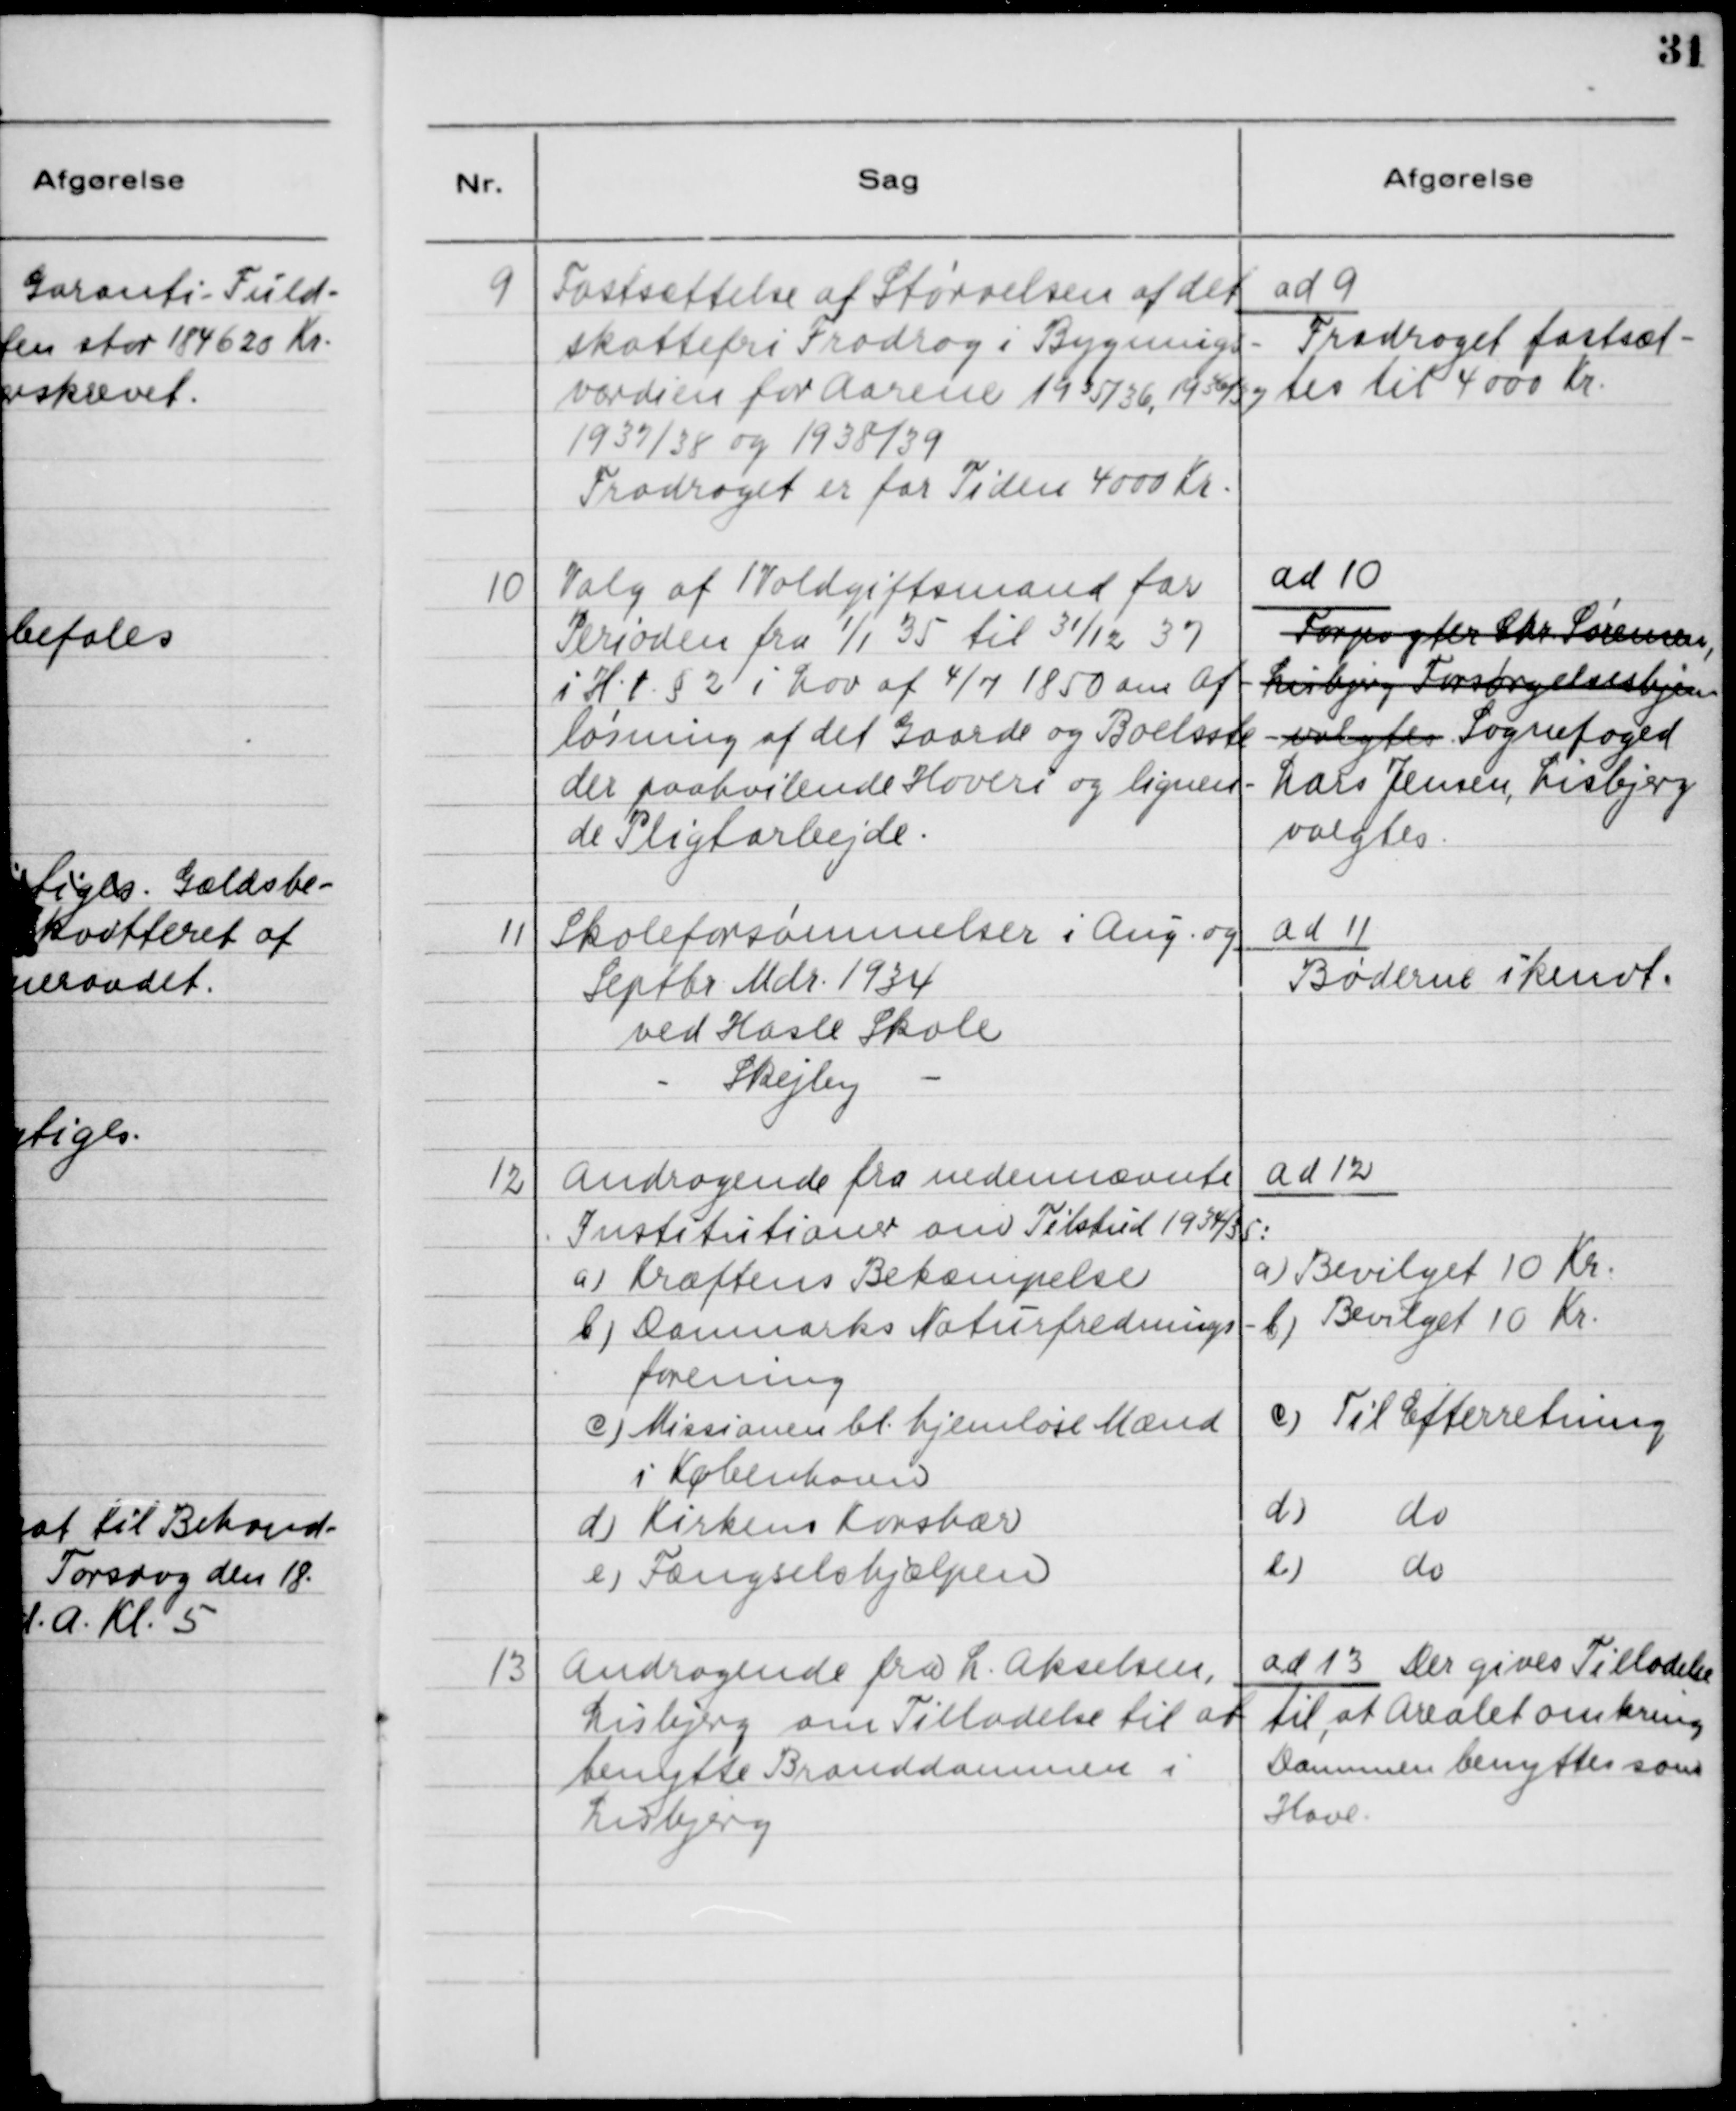
Transskription:
9

Fastsættelse af størrelsen af det
skattefri Fradrag i Bygnings-
værdien for Aarene 1935/36, 1936/37,
1937/38 og 1938/39.
Fradraget er for Tiden 4000 Kr.

ad 9
Fradraget fastsæt-
tes til 4000 Kr.

10

Valg af 1 Voldgiftsmand for
Perioden fra 1/1 35 til 31/12 37
i H.t. §2 i Lov af 4/7 1850 om Af-
løsning af det Gaarde og Boelsste-
der paahvilende Hoveri og lignen-
de Pligtarbejde.

ad 10.
Forpagter Chr. Sørensen,
Lisbjerg Forsørgelseshjem 
valgtes Sognefoged
Lars Jensen, Lisbjerg
valgtes

11

Skoleforsømmelser i Aug. og
Septbr. Mdr. 1934
ved Hasle Skole
-
Skejby
-

ad 11.
Bøderne ikendt.

12

Andragende fra nedennævnte
Institutioner ang. Tilskud 1934/35:
a) Kræftens Bekæmpelse
b) Danmarks Naturfrednings
forening
c) Missionen bl. hjemløse Mænd
i København
d) Kirkens Korshær
e) Fængselshjælpen

ad 12
a) Bevilget 10 Kr.
b) Bevilget 10 Kr.
c) Til Efterretning
d) do 
d) do 
e) do. 
e) do.

13

Andragende fra L. Akselsen,
Lisbjerg om Tilladelse til at
benytte Branddammen i
Lisbjerg

ad 13. Der gives Tilladelse
til, at Arealet omkring
Dammen benyttes som
Have.